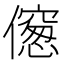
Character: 𠏨